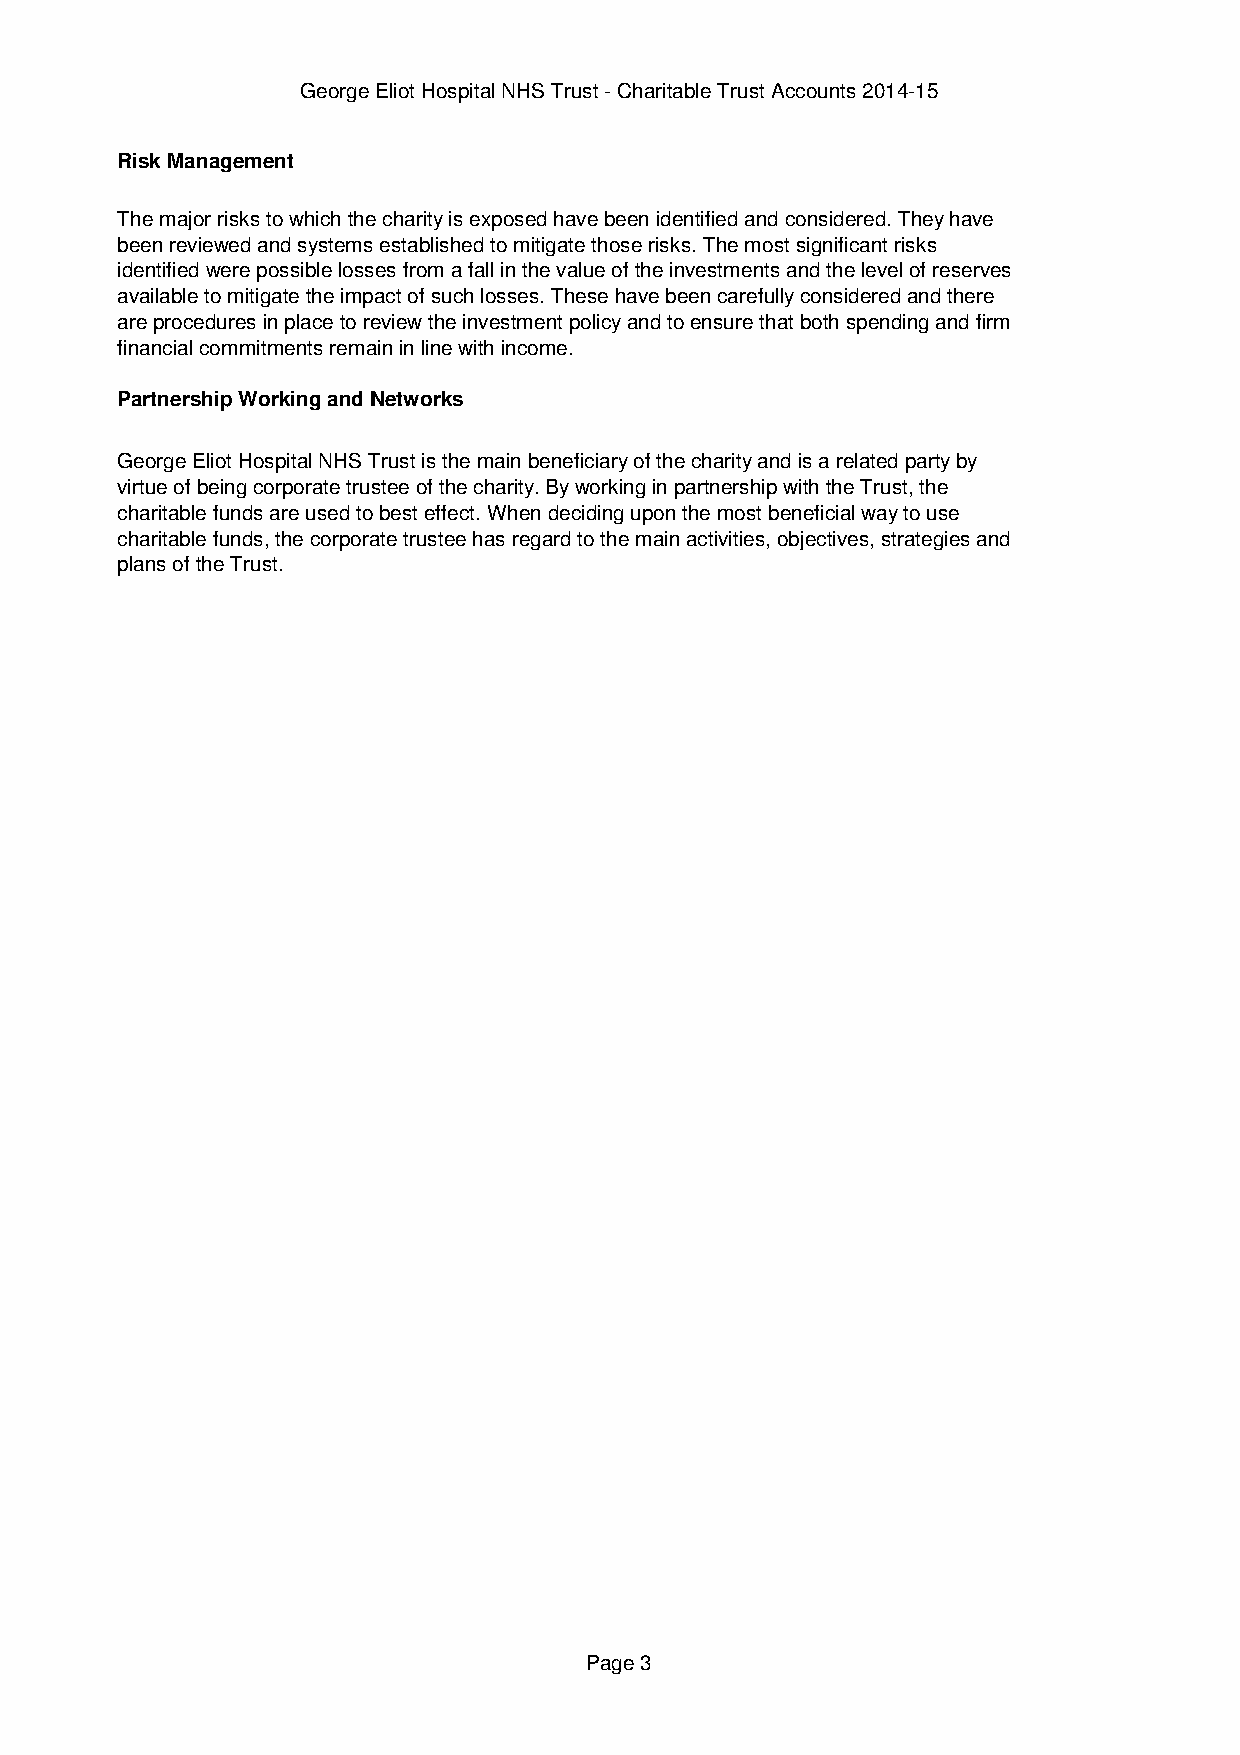
George Eliot Hospital NHS Trust - Charitable Trust Accounts 2014-15
 Risk Management
 The major risks to which the charity is exposed have been identified and considered. They have
 been reviewed and systems established to mitigate those risks. The most significant risks
 identified were possible losses from a fall in the value of the investments and the level of reserves
 available to mitigate the impact of such losses. These have been carefully considered and there
 are procedures in place to review the investment policy and to ensure that both spending and firm
 financial commitments remain in line with income.
 Partnership Working and Networks
 George Eliot Hospital NHS Trust is the main beneficiary of the charity and is a related party by
 virtue of being corporate trustee of the charity. By working in partnership with the Trust, the
 charitable funds are used to best effect. When deciding upon the most beneficial way to use
 charitable funds, the corporate trustee has regard to the main activities, objectives, strategies and
 plans of the Trust.
 Page 3